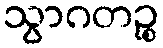
သွာဂတဉ္စ